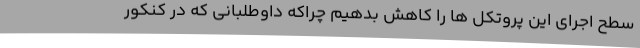
سطح اجرای این پروتکل ها را کاهش بدهیم چراکه داوطلبانی که در کنکور